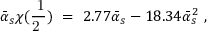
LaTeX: \bar { \alpha } _ { s } \chi ( \mathrm { \frac { ~ 1 } { 2 ~ } } ) \ = \ 2 . 7 7 \bar { \alpha } _ { s } - 1 8 . 3 4 \bar { \alpha } _ { s } ^ { 2 } \ ,